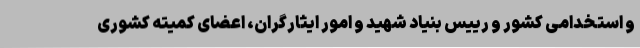
و استخدامی کشور و رییس بنیاد شهید و امور ایثارگران، اعضای کمیته کشوری